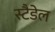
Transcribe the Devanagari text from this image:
स्टैडेल